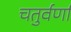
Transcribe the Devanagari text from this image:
चतुर्वर्णा